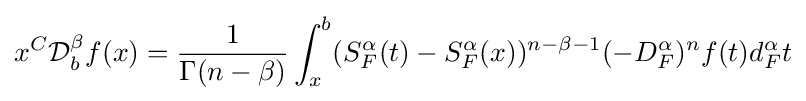
{x}^{C}{\mathcal {D}}_{b}^{\beta }f(x)={\frac {1}{\Gamma (n-\beta )}}\int _{x}^{b}(S_{F}^{\alpha }(t)-S_{F}^{\alpha }(x))^{n-\beta -1}(-D_{F}^{\alpha })^{n}f(t)d_{F}^{\alpha }t